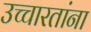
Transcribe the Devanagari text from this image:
उच्चारतांना